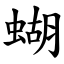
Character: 蝴